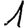
Digit: 1